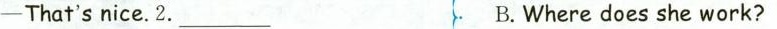
—That＇s nice. 2.___ B.Wher does she work?